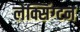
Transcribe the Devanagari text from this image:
लेक्सिंग्‍टन